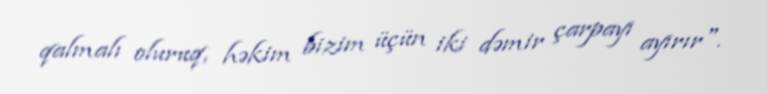
qalmalı oluruq, həkim bizim üçün iki dəmir çarpayı ayırır".